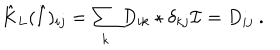
\hat { K } _ { L } ( \hat { I } ) _ { i j } = \sum _ { k } D _ { i k } \star \delta _ { k j } \mathcal { I } = D _ { i j } \ .